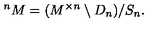
^ n M = ( M ^ { \times n } \setminus D _ { n } ) / S _ { n } .